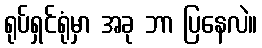
ရုပ်ရှင်ရုံမှာ အခု ဘာ ပြနေလဲ။